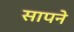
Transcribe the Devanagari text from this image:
सापने